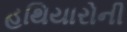
હથિયારોની